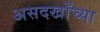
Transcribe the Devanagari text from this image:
असदखाँच्या